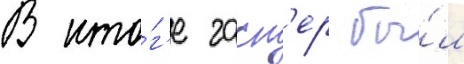
В ито́г'е гасп'ер бы́л